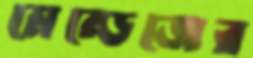
মেন্ডেজের